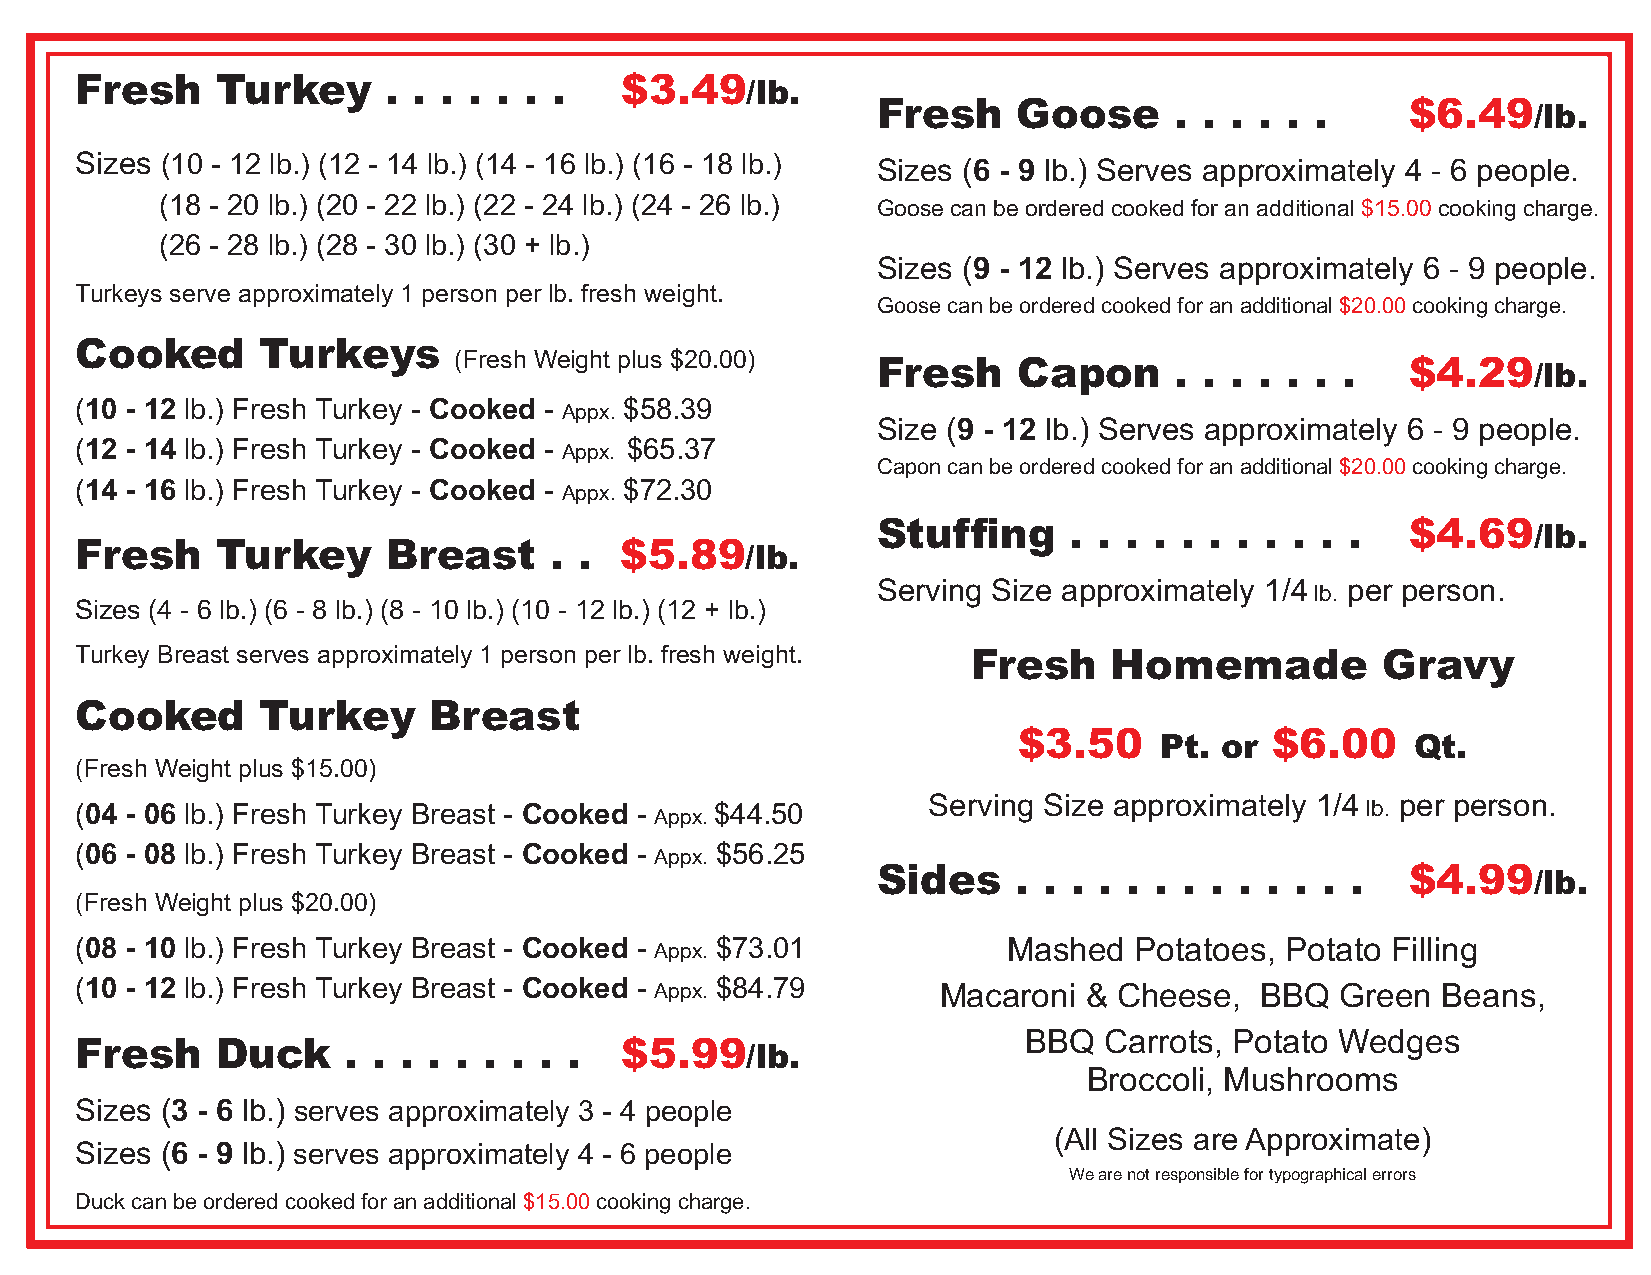
Fresh    Turkey      . . . . . . .  $3.49/lb.
 Fresh    Goose      . . . . . .    $6.49/lb.
 Sizes (10 - 12 lb.) (12 - 14 lb.) (14 - 16 lb.) (16 - 18 lb.) Sizes (6 - 9 lb.) Serves approximately 4 - 6 people.
 (18 - 20 lb.) (20 - 22 lb.) (22 - 24 lb.) (24 - 26 lb.)
 Goose can be ordered cooked for an additional $15.00 cooking charge.
 (26 - 28 lb.) (28 - 30 lb.) (30 + lb.)
 Sizes (9 - 12 lb.) Serves approximately 6 - 9 people.
 Turkeys serve approximately 1 person per lb. fresh weight.
 Goose can be ordered cooked for an additional $20.00 cooking charge.
 Cooked      Turkeys
 (Fresh Weight plus $20.00)
 Fresh    Capon      . . . . . . .  $4.29/lb.
 (10 - 12 lb.) Fresh Turkey - Cooked - $58.39
 Appx.
 Size (9 - 12 lb.) Serves approximately 6 - 9 people.
 (12 - 14 lb.) Fresh Turkey - Cooked - $65.37
 Appx.
 Capon can be ordered cooked for an additional $20.00 cooking charge.
 (14 - 16 lb.) Fresh Turkey - Cooked - $72.30
 Appx.
 Stuffing     . . . . . . . . . . . $4.69/lb.
 Fresh    Turkey      Breast    . .  $5.89/lb.
 Serving Size approximately 1/4 per person.
 lb.
 Sizes (4 - 6 lb.) (6 - 8 lb.) (8 - 10 lb.) (10 - 12 lb.) (12 + lb.)
 Turkey Breast serves approximately 1 person per lb. fresh weight. Fresh Homemade      Gravy
 Cooked      Turkey     Breast
 $3.50     Pt. or $6.00     Qt.
 (Fresh Weight plus $15.00)
 Serving Size approximately 1/4  per person.
 (04 - 06 lb.) Fresh Turkey Breast - Cooked -
 Appx.
 $44.50                                     lb.
 (06 - 08 lb.) Fresh Turkey Breast - Cooked - $56.25
 Appx.
 Sides    . . . . . . . . . . . . . $4.99/lb.
 (Fresh Weight plus $20.00)
 (08 - 10 lb.) Fresh Turkey Breast - Cooked - $73.01           Mashed  Potatoes, Potato Filling
 Appx.
 (10 - 12 lb.) Fresh Turkey Breast - Cooked - Appx. $84.79 Macaroni & Cheese,  BBQ   Green Beans,
 BBQ  Carrots, Potato Wedges
 Fresh    Duck     . . . . . . . . . $5.99/lb.
 Broccoli, Mushrooms
 Sizes (3 - 6 lb.) serves approximately 3 - 4 people
 (All Sizes are Approximate)
 Sizes (6 - 9 lb.) serves approximately 4 - 6 people
 We are not responsible for typographical errors
 Duck can be ordered cooked for an additional $15.00 cooking charge.